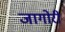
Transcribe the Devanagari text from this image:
जागोरी